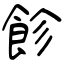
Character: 飻